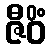
ဇီဝိံ